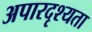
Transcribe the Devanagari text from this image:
अपारदृश्यता